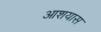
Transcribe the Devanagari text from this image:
आशयास